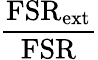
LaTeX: \frac{\mathrm{FSR}_{\mathrm{ext}}}{\mathrm{FSR}}